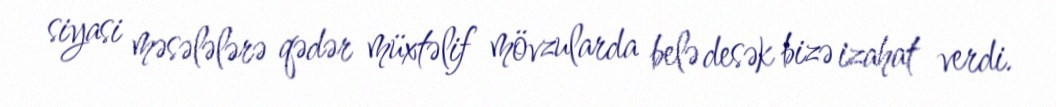
siyasi məsələlərə qədər müxtəlif mövzularda belə desək bizə izahat verdi.